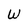
Character: W